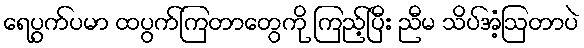
ရေပွက်ပမာ ထပွက်ကြတာတွေကို ကြည့်ပြီး ညီမ သိပ်အံ့ဩတာပဲ